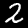
Label: 2